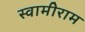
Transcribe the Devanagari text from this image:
स्वामीराम